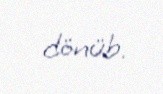
dönüb.